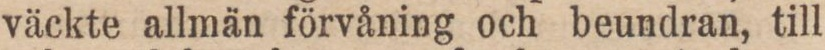
väckte allmän förvåning och beundran, till